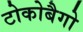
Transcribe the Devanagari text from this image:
टोकोबैगो